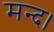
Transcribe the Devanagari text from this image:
मन्द।